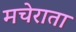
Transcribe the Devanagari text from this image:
मचेराता